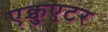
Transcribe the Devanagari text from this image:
एक्चुएटर